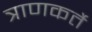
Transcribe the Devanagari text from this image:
त्राणकर्ते